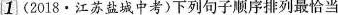
1(2018·江苏盐城中考)下列句子顺序排列最恰当